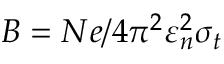
B = N e / 4 \pi ^ { 2 } \varepsilon _ { n } ^ { 2 } \sigma _ { t }